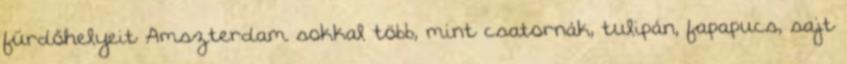
fürdőhelyeit Amszterdam sokkal több, mint csatornák, tulipán, fapapucs, sajt